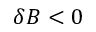
\delta B < 0